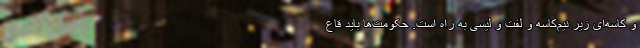
و کاسه‌ای زیر نیم‌کاسه و لفت و لیسی به راه است. حکومت‌ها باید قاع